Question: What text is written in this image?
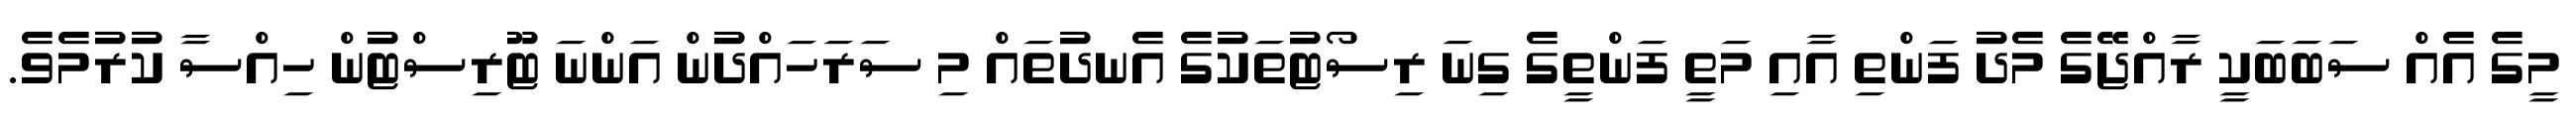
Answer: މީގެ އެއް ސަބަބަކީ ރާއްޖޭގެ މެދު ފަންތި އާއި މަތީ ފަންތީގެ ގިނަ ރިސޯޓުތަކުގެ އެނދުތައް މި ސަރަހައްދުން އަންނަ ޓޫރިސްޓުން ހިއްސާ ކުރުމެވެ.